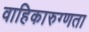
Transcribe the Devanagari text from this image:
वाहिकारुग्णता